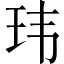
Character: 玮